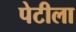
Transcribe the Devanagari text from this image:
पेटीला